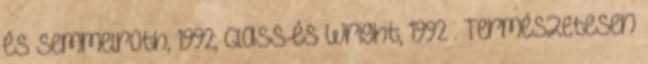
és Semmelroth, 1992; Glass és Wright, 1992 . Természetesen